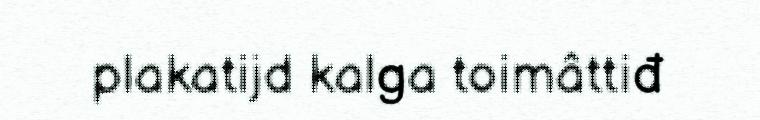
plakatijd kalga toimâttiđ